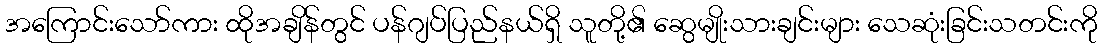
အကြောင်းသော်ကား ထိုအချိန်တွင် ပန်ဂျပ်ပြည်နယ်ရှိ သူတို့၏ ဆွေမျိုးသားချင်းများ သေဆုံးခြင်းသတင်းကို